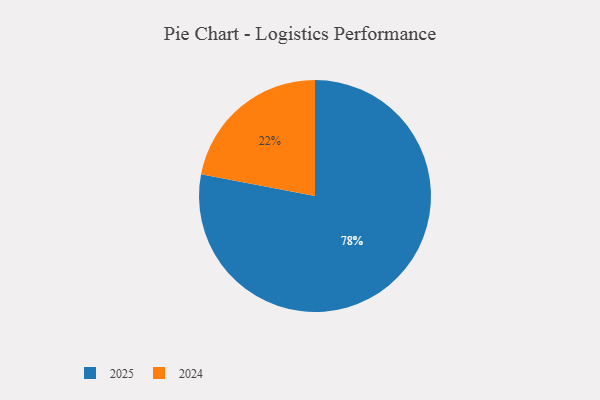
{"axis": {"x": "Category", "y": "Percentage"}, "legend": ["2024", "2025"], "data": [{"x": "2025", "y": 78, "type": "2025"}, {"x": "2024", "y": 22, "type": "2024"}]}